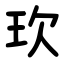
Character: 㺵